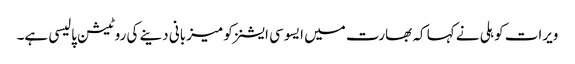
ویرات کوہلی نے کہا کہ بھارت میں ایسوسی ایشنز کو میزبانی دینے کی روٹیشن پالیسی ہے۔